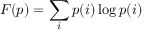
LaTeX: F ( p ) = \sum _ { i } p ( i ) \log p ( i )